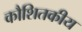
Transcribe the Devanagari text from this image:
कौशितकीय